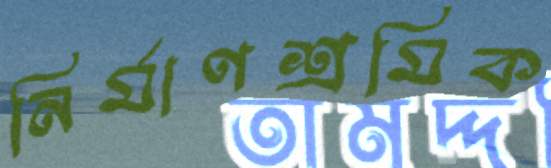
নির্মাণশ্রমিক